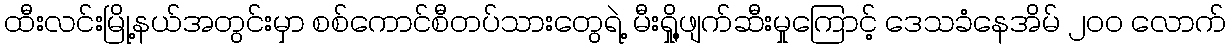
ထီးလင်းမြို့နယ်အတွင်းမှာ စစ်ကောင်စီတပ်သားတွေရဲ့ မီးရှို့ဖျက်ဆီးမှုကြောင့် ဒေသခံနေအိမ် ၂၀၀ လောက်